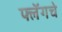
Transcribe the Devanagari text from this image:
फ्लॅगचे